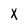
Character: x